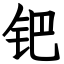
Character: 钯